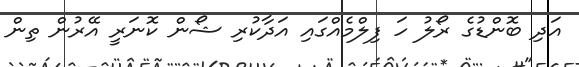
އަދި ބޮންޑުގެ ރޯލު ހަ ފިލްމެއްގައި އަދާކުރި ޝޯން ކޮނަރީ އޭރުން ތިން